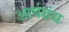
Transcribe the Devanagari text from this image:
आर्षग्रंथ